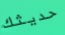
حديثك